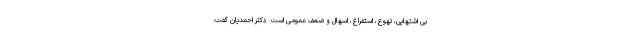
بی اشتهایی، تهوع، استفراغ، اسهال و ضعف عمومی است. دکتر احمدیان گفت: